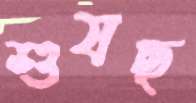
শুষছ